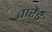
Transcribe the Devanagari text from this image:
बारेंड